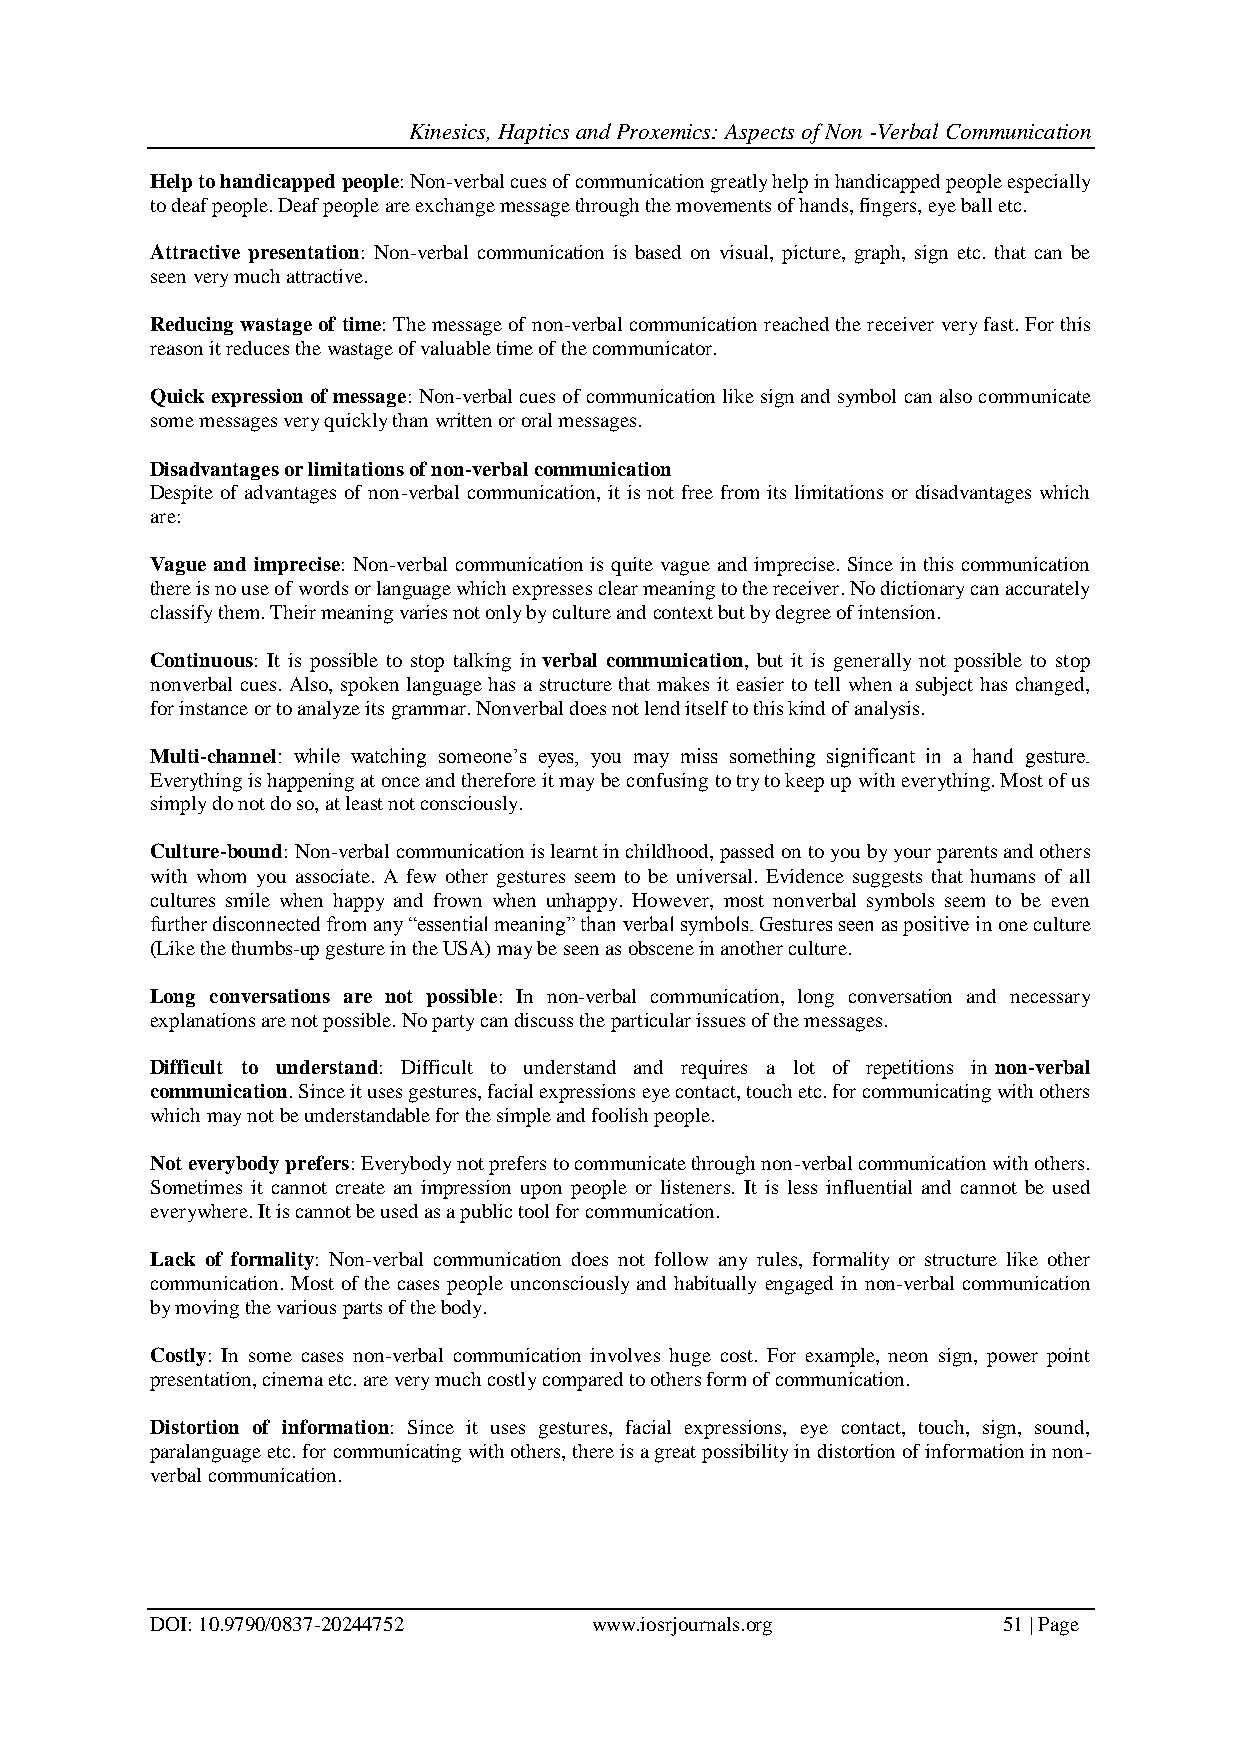
Kinesics, Haptics and Proxemics: Aspects of Non -Verbal Communication
 Help to handicapped people: Non-verbal cues of communication greatly help in handicapped people especially
 to deaf people. Deaf people are exchange message through the movements of hands, fingers, eye ball etc.
 Attractive presentation: Non-verbal communication is based on visual, picture, graph, sign etc. that can be
 seen very much attractive.
 Reducing wastage of time: The message of non-verbal communication reached the receiver very fast. For this
 reason it reduces the wastage of valuable time of the communicator.
 Quick expression of message: Non-verbal cues of communication like sign and symbol can also communicate
 some messages very quickly than written or oral messages.
 Disadvantages or limitations of non-verbal communication
 Despite of advantages of non-verbal communication, it is not free from its limitations or disadvantages which
 are:
 Vague and imprecise: Non-verbal communication is quite vague and imprecise. Since in this communication
 there is no use of words or language which expresses clear meaning to the receiver. No dictionary can accurately
 classify them. Their meaning varies not only by culture and context but by degree of intension.
 Continuous: It is possible to stop talking in verbal communication, but it is generally not possible to stop
 nonverbal cues. Also, spoken language has a structure that makes it easier to tell when a subject has changed,
 for instance or to analyze its grammar. Nonverbal does not lend itself to this kind of analysis.
 Multi-channel: while watching someone’s eyes, you may miss something significant in a hand gesture.
 Everything is happening at once and therefore it may be confusing to try to keep up with everything. Most of us
 simply do not do so, at least not consciously.
 Culture-bound: Non-verbal communication is learnt in childhood, passed on to you by your parents and others
 with whom you associate. A few other gestures seem to be universal. Evidence suggests that humans of all
 cultures smile when happy and frown when unhappy. However, most nonverbal symbols seem to be even
 further disconnected from any “essential meaning” than verbal symbols. Gestures seen as positive in one culture
 (Like the thumbs-up gesture in the USA) may be seen as obscene in another culture.
 Long conversations are not possible: In non-verbal communication, long conversation and necessary
 explanations are not possible. No party can discuss the particular issues of the messages.
 Difficult to understand: Difficult to understand and requires a lot of repetitions in non-verbal
 communication. Since it uses gestures, facial expressions eye contact, touch etc. for communicating with others
 which may not be understandable for the simple and foolish people.
 Not everybody prefers: Everybody not prefers to communicate through non-verbal communication with others.
 Sometimes it cannot create an impression upon people or listeners. It is less influential and cannot be used
 everywhere. It is cannot be used as a public tool for communication.
 Lack of formality: Non-verbal communication does not follow any rules, formality or structure like other
 communication. Most of the cases people unconsciously and habitually engaged in non-verbal communication
 by moving the various parts of the body.
 Costly: In some cases non-verbal communication involves huge cost. For example, neon sign, power point
 presentation, cinema etc. are very much costly compared to others form of communication.
 Distortion of information: Since it uses gestures, facial expressions, eye contact, touch, sign, sound,
 paralanguage etc. for communicating with others, there is a great possibility in distortion of information in non-
 verbal communication.
 DOI: 10.9790/0837-20244752   www.iosrjournals.org       51 | Page